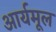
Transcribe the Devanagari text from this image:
आर्यमूल